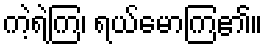
ကဲ့ရဲ့ကြ၊ ရယ်မောကြ၏။